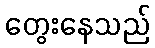
တွေးနေသည်